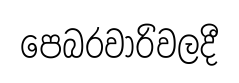
පෙබරවාරිවලදී